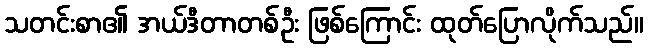
သတင်းစာ၏ အယ်ဒီတာတစ်ဦး ဖြစ်ကြောင်း ထုတ်ပြောလိုက်သည်။